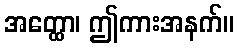
အတ္ထော၊ ဤကားအနက်။